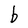
Character: b